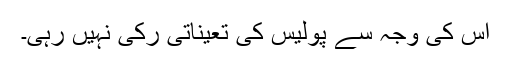
اُس کی وجہ سے پولیس کی تعیناتی رکی نہیں رہی۔